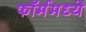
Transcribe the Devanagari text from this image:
फॉर्ममध्‍ये